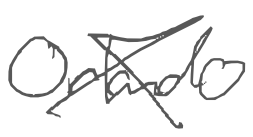
Text: Orlando
Cross-out: mix
Writing tool: digital_gray